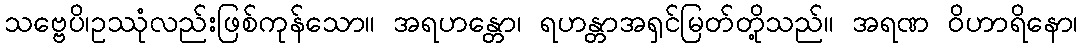
သဗ္ဗေပိ၊ဥဿုံလည်းဖြစ်ကုန်သော။ အရဟန္တော၊ ရဟန္တာအရှင်မြတ်တို့သည်။ အရဏ ဝိဟာရိနော၊